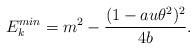
LaTeX: \begin{align*}E_{k}^{min}=m^2-\frac{(1-au\theta^2)^2}{4b}.\end{align*}